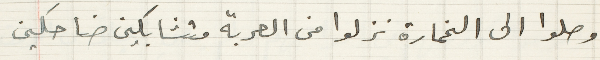
وصلوا الى الخمارة نزلوا من العربة متشابكين ضاحكين